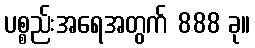
ပစ္စည်းအရေအတွက် 888 ခု။